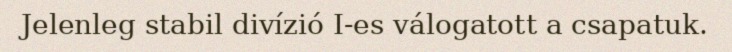
Jelenleg stabil divízió I-es válogatott a csapatuk.